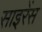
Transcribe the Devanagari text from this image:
साइरेंस